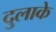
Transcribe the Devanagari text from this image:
दुलाके